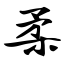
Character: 柔